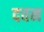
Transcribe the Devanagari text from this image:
दवन